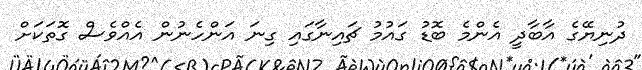
ދުނިޔޭގެ އާބާދީ އެންމެ ބޮޑު ގައުމު ޗައިނާގައި ގިނަ އަންހެނުން އެއްވެސް ގޮތަކަށް